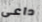
داعى